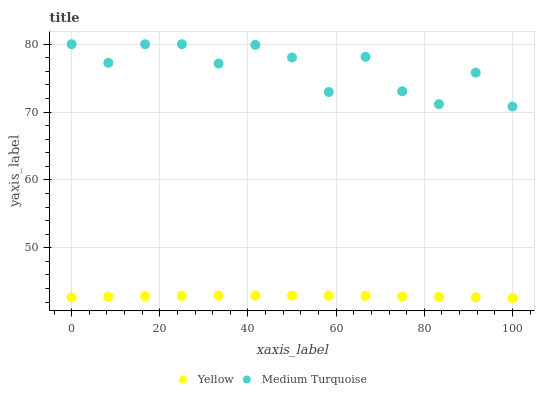
| xaxis_label | Yellow | Medium Turquoise |
 | --- | --- | --- |
 | 0 | 42.7 | 80 |
 | 8.33 | 42.8 | 77.3 |
 | 16.7 | 42.9 | 80 |
 | 25 | 42.9 | 80 |
 | 33.3 | 42.9 | 77.1 |
 | 41.7 | 43 | 79.9 |
 | 50 | 43 | 78 |
 | 58.3 | 42.9 | 73 |
 | 66.7 | 42.9 | 78.1 |
 | 75 | 42.9 | 73.1 |
 | 83.3 | 42.8 | 71.2 |
 | 91.7 | 42.7 | 75.8 |
 | 100 | 42.6 | 70.8 |